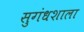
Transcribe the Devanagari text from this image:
सुगंधशाला